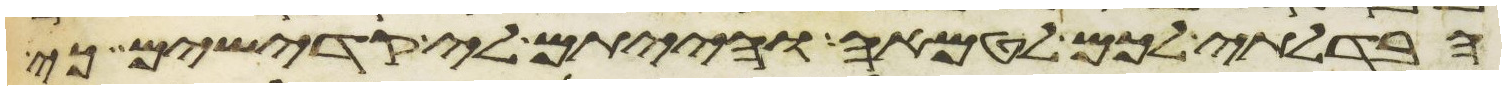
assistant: הבדלתי לכם לטמאה והייתם לי קדישים כי